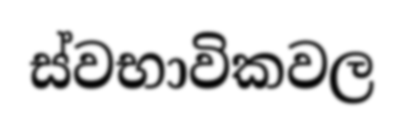
ස්වභාවිකවල